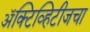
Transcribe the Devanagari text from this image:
ॲक्टिव्हिटीजचा